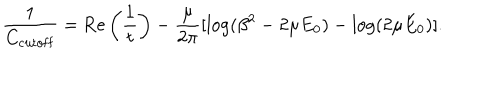
\frac { 1 } { C _ { \mathrm { c u t o f f } } } = \mathrm { R e } \left( \frac { 1 } { t } \right) - \frac { \mu } { 2 \pi } [ \log ( \beta ^ { 2 } - 2 \mu E _ { 0 } ) - \log ( 2 \mu E _ { 0 } ) ] .